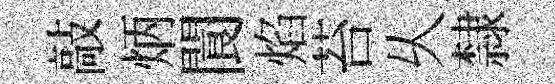
敲炳閬焰苔乆隸